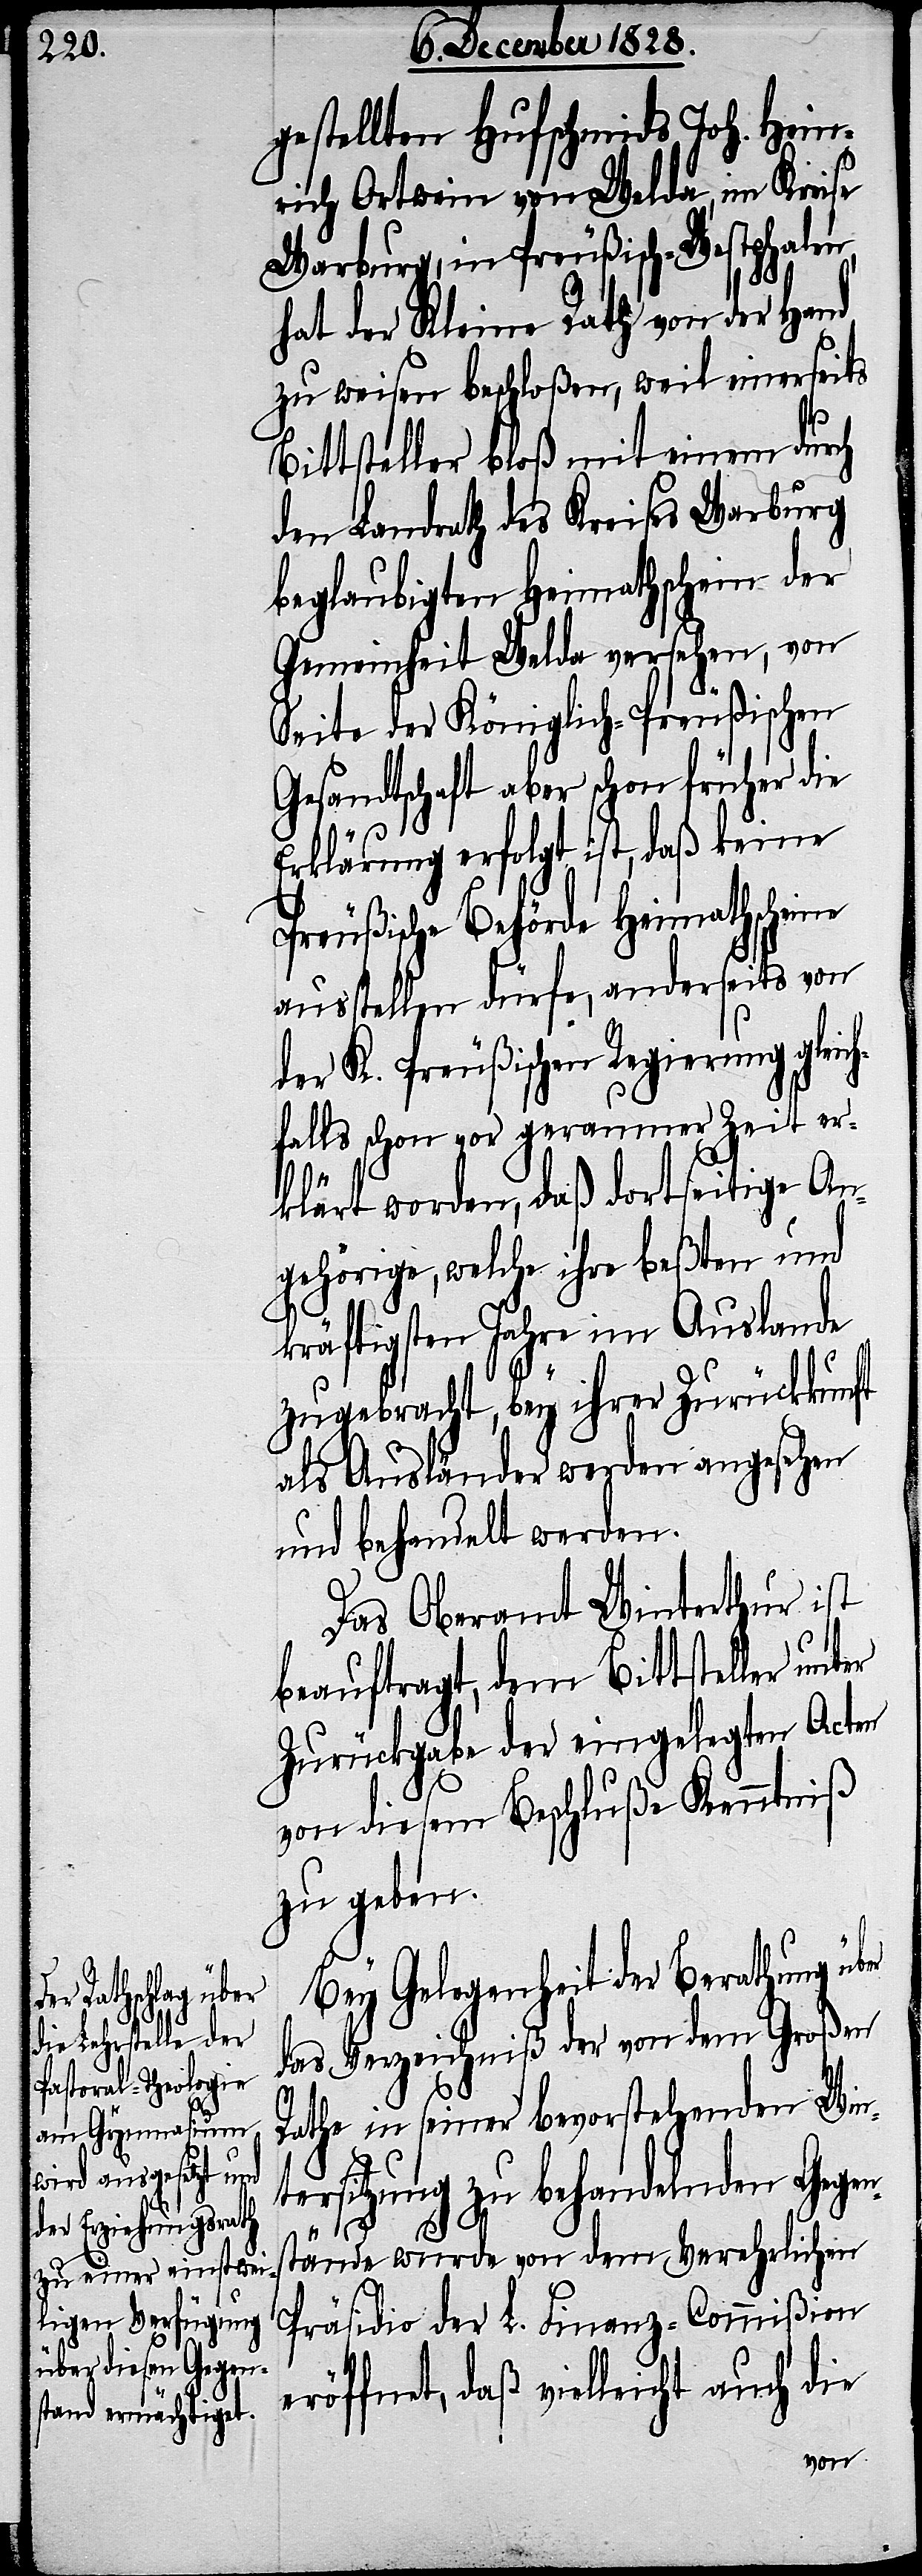
gestellten Hufschmids Joh. Hein¬
rich Ortwein von Welda, im Kreise
Warburg, in Preußisch-Westphalen,
hat der Kleine Rath von der Hand
zu weisen beschloßen, weil einerseits
Bittsteller bloß mit einem durch
den Landrath des Kreises Warburg
beglaubigten Heimathschein der
Gemeinheit Welda versehen, von
Seite der Königlich-Preußischen
Gesandtschaft aber schon früher die
Erklärung erfolgt, daß keine
Preußische Behörde Heimathscheine
ausstellen dürfe, anderseits von
der K. Preußischen Regierung gleic¬
hfalls schon vor geraumer Zeit er¬
klärt worden, daß dortseitige An¬
gehörige, welche ihre beßten und
kräftigsten Jahre im Auslande
zugebracht, bey ihrer Zurückkunft
als Ausländer werden angesehen
und behandelt werden.
Das Oberamt Winterthur ist
beauftragt, dem Bittsteller unt¬
Zurückgabe der eingelegten Acten
von diesem Beschluße Kenntniß
zu geben.
Bey Gelegenheit der Berathung über
das Verzeichniß der von dem Großen
Rathe in seiner bevorstehenden Win¬
er
tersitzung zu behandelnden Gegen¬
stände wurde von dem Verehrlichen
Präsidio der L. Finanz-Commißion
eröffnet, daß vielleicht auch die